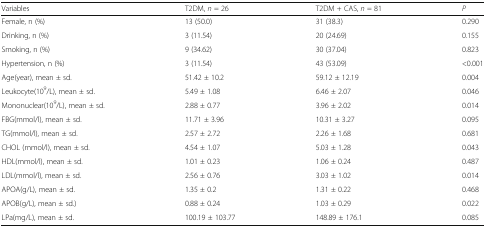
<table><thead><tr><td><b>Variables</b></td><td><b>T2DM, <i>n</i> = 26</b></td><td><b>T2DM + CAS, <i>n</i> = 81</b></td><td><b><i>P</i></b></td></tr></thead><tbody><tr><td>Female, n (%)</td><td>13 (50.0)</td><td>31 (38.3)</td><td>0.290</td></tr><tr><td>Drinking, n (%)</td><td>3 (11.54)</td><td>20 (24.69)</td><td>0.155</td></tr><tr><td>Smoking, n (%)</td><td>9 (34.62)</td><td>30 (37.04)</td><td>0.823</td></tr><tr><td>Hypertension, n (%)</td><td>3 (11.54)</td><td>43 (53.09)</td><td>&lt;0.001</td></tr><tr><td>Age(year), mean ± sd.</td><td>51.42 ± 10.2</td><td>59.12 ± 12.19</td><td>0.004</td></tr><tr><td>Leukocyte(10<sup>9</sup>/L), mean ± sd.</td><td>5.49 ± 1.08</td><td>6.46 ± 2.07</td><td>0.046</td></tr><tr><td>Mononuclear(10<sup>9</sup>/L), mean ± sd.</td><td>2.88 ± 0.77</td><td>3.96 ± 2.02</td><td>0.014</td></tr><tr><td>FBG(mmol/l), mean ± sd.</td><td>11.71 ± 3.96</td><td>10.31 ± 3.27</td><td>0.095</td></tr><tr><td>TG(mmol/l), mean ± sd.</td><td>2.57 ± 2.72</td><td>2.26 ± 1.68</td><td>0.681</td></tr><tr><td>CHOL (mmol/l), mean ± sd.</td><td>4.54 ± 1.07</td><td>5.03 ± 1.28</td><td>0.043</td></tr><tr><td>HDL(mmol/l), mean ± sd.</td><td>1.01 ± 0.23</td><td>1.06 ± 0.24</td><td>0.487</td></tr><tr><td>LDL(mmol/l), mean ± sd.</td><td>2.56 ± 0.76</td><td>3.03 ± 1.02</td><td>0.014</td></tr><tr><td>APOA(g/L), mean ± sd.</td><td>1.35 ± 0.2</td><td>1.31 ± 0.22</td><td>0.468</td></tr><tr><td>APOB(g/L), mean ± sd.)</td><td>0.88 ± 0.24</td><td>1.03 ± 0.29</td><td>0.022</td></tr><tr><td>LPa(mg/L), mean ± sd.</td><td>100.19 ± 103.77</td><td>148.89 ± 176.1</td><td>0.085</td></tr></tbody></table>